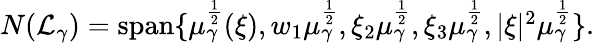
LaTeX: \begin{array}{r}{N(\mathcal L_{\gamma})=\mathrm{span}\{ \mu_{\gamma}^{\frac{1}{2}}(\xi),w_{1}\mu_{\gamma}^{\frac{1}{2}},\xi_{2}\mu_{\gamma}^{\frac{1}{2}},\xi_{3}\mu_{\gamma}^{\frac{1}{2}},|\xi|^{2}\mu_{\gamma}^{\frac{1}{2}}\} .}\end{array}